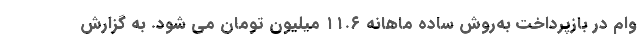
وام در بازپرداخت به‌روش ساده ماهانه ۱۱.۶ میلیون تومان می شود. به گزارش